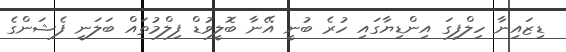
ޑިޒައިނާ ހިލްފިގަ އިންޑިޔާގައި ހުރެ ބުނީ އޭނާ ބޮލީވުޑް ފިލްމުތައް ބަލަނީ ފެޝަންގެ